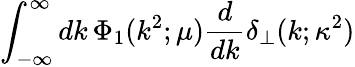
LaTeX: \int_{-\infty}^{\infty}dk\, \Phi_{1}(k^{2};\mu)\frac{d}{dk}\delta_{\perp}(k;\kappa^{2})